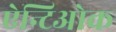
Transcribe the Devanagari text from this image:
ऐन्टिओक